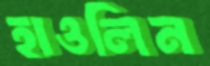
হাওলিন